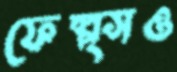
ফেল্প্সও